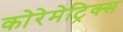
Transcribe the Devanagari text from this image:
कोरेमेट्रिक्स